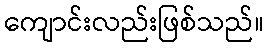
ကျောင်းလည်းဖြစ်သည်။